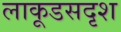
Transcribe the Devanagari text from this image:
लाकूडसदृश